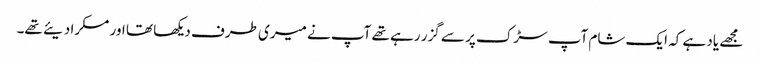
مجھے یاد ہے کہ ایک شام آپ سڑک پر سے گزر رہے تھے آپ نے میری طرف دیکھا تھا اور مسکرا دیئے تھے۔